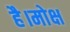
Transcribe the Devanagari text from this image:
है।मोक्ष